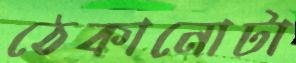
ঠেকানোটা